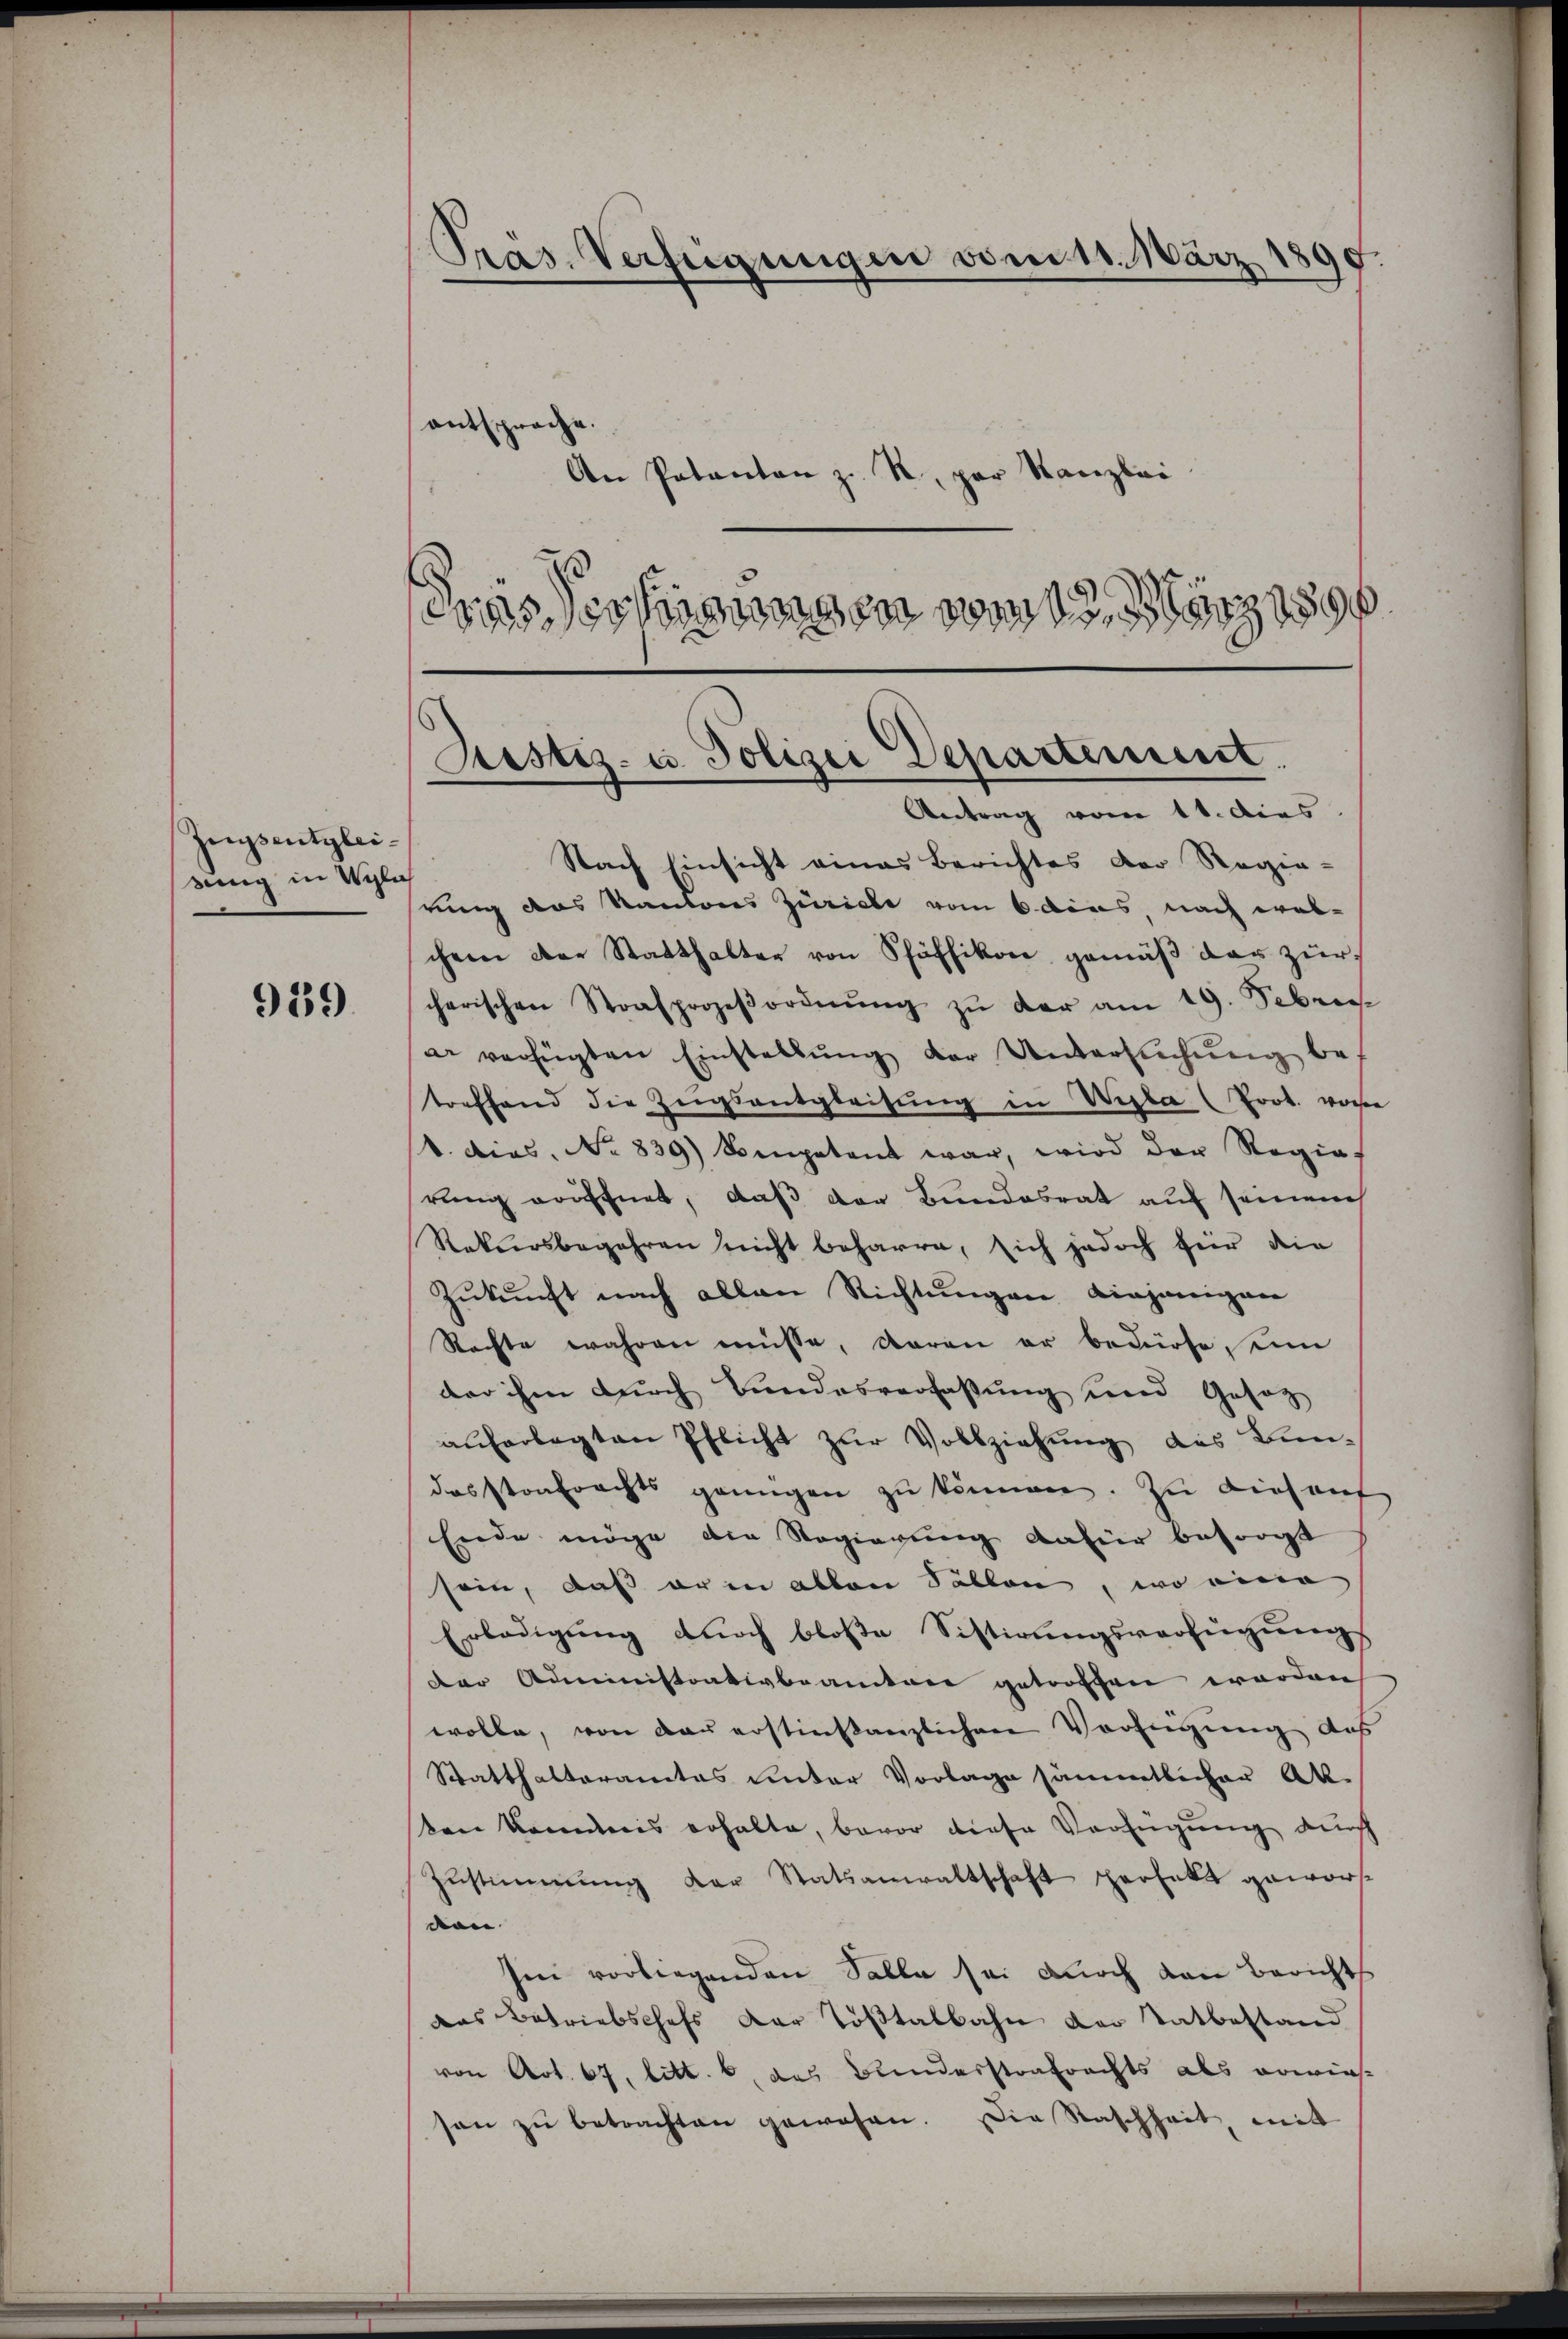
959

Zeugsentgleisung in Wyle

Präs. Verfügungen vom 11. März
d
e
.
entsprache
An Patanton z. R., par Kanzlei
duas Tessingungen vom 13. März 1890

Justiz- u. Polizei Departement.
Antrag vom 11. dies

Nach Einsicht eines Berichtes der Regie-
rung des Kantons Zürich vom 6 dies, nach wel-
chem der Statthalter von Schäffikon gemäβ der zur
cherischen Strafprozeβordnŭng zŭ der am 19. Febru
ar verfügten Einstellŭng der Untersŭchŭng be-
torffend die Zŭgsantgleitŭng in Wegla (Prot. vore
b. dies. No 839) Sempetent war, wird der Regie
rung eröffnet, daß der Bundesrat auf seinem
Rekursbegehren nicht beharre, sich jedoch für die
Zukunft nach allen Richtungen diejenigen
Rechte wahren müsse, daran er bedürfe, sein
der ihm durch Bundesverfassŭng und Gesetz
auferlegten Pflicht zur Vollziehung des Bun-
dosstontrachts genügen zŭ können. Zu dies auf
Ende möge die Regierung dafür besorgt
sein, daß er in allen Sollen, wo eine
Erledigung durch bloße Sistirungsverfügungs
der Administrativbeamtere getroffen worden
wolle, von der erstinstanzlichen Verfügung des
Statthalteramtes unter Vorlage sämmtlicher Akten kommnis erhalte, bevor dieser Verfügung durch
Zŭstimmung der Statsanwaltschaft perfett gewor
von
Im vorliegenden Solle sei durch den Bericht
das Betriebschefs der Tößtalbahn der Tatbestand
von Art. 67, litt. 6, das Bunderstrafrechts als erwies
son zŭ betrachten gewesen. Die Raschheit, mit